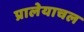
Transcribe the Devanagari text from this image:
प्रालेयाचल